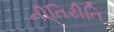
નીતિરીતિ